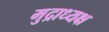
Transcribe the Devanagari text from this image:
मुद्राध्यक्ष